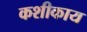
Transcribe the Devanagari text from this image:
कशीकाय